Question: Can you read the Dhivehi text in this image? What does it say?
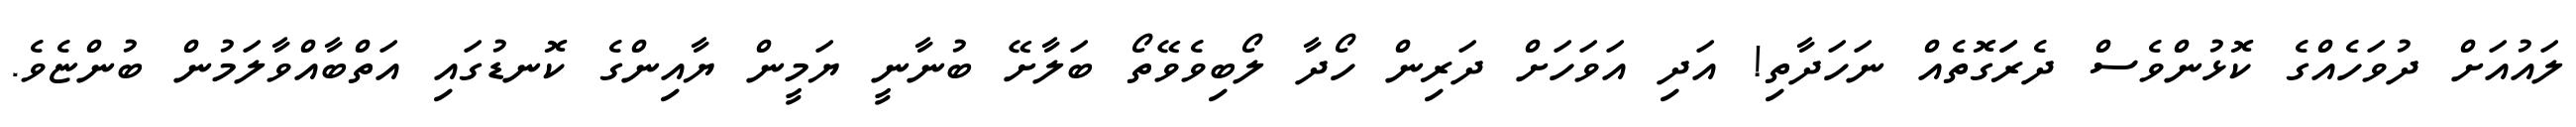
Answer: ލައުއަށް ދުވަހެއްގެ ކޮޅުންވެސް ދެރަަގޮތެއް ނަހަދާތި! އަދި އަވަހަށް ދަރިން ހޯދާ ލޯބިވެވޭތޯ ބަލާށޭ ބުނާނީ ޔަމީން ޔާއިންގެ ކޮނޑުގައި އަތްބާއްވާލަމުން ބުންޏެވެ.